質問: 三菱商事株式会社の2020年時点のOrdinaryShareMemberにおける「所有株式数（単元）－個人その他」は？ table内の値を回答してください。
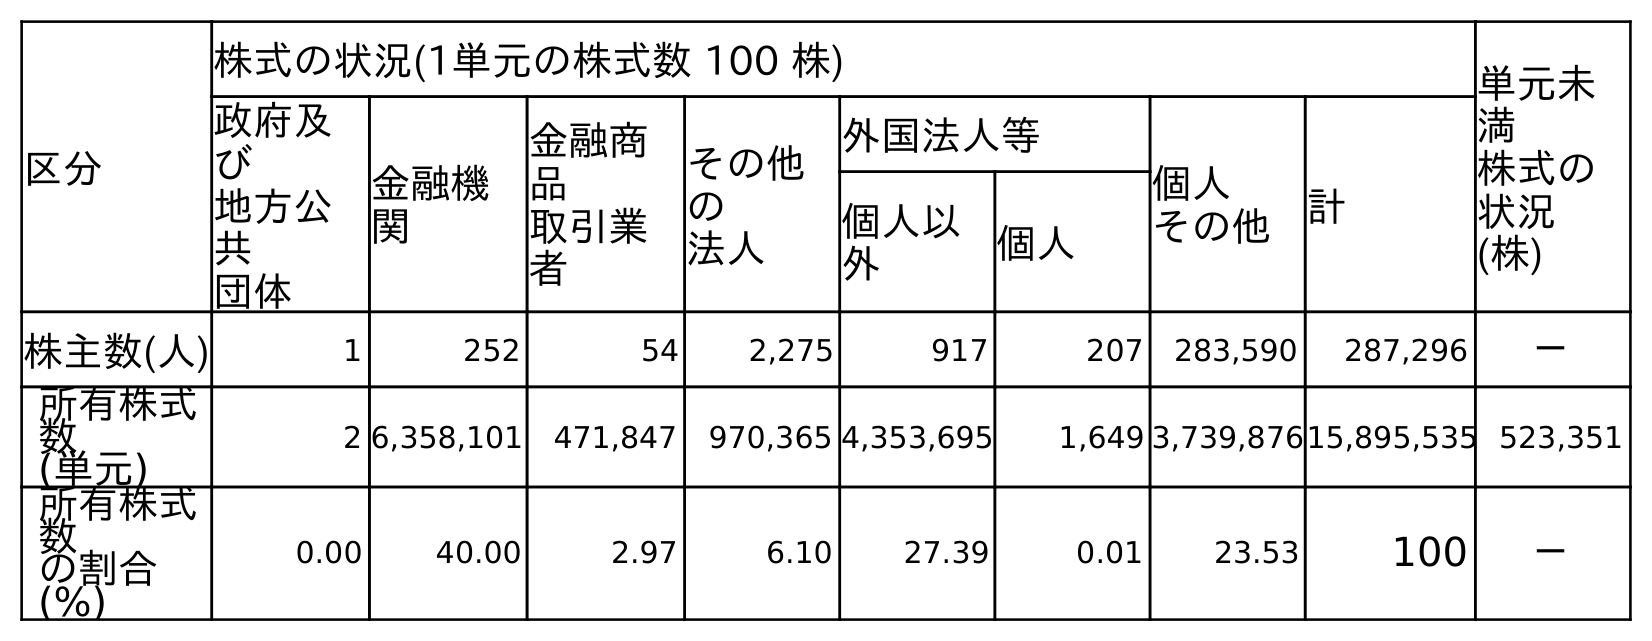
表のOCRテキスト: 区分 株式の状況(1単元の株式数 100 株) 単元未 満 株式の 状況 (株) 政府及 び 地方公 共 団体 金融機 関 金融商 品 取引業 者 その他 の 法人 外国法人等 個人 その他 計 個人以 外 個人 株主数(人) 1 252 54 2,275 917 207 283,590 287,296 － 所有株式 数 (単元) 2 6,358,101 471,847 970,365 4,353,695 1,649 3,739,87615,895,535 523,351 所有株式 数 の割合 (%) 0.00 40.00 2.97 6.10 27.39 0.01 23.53 100 －
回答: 3,739,876